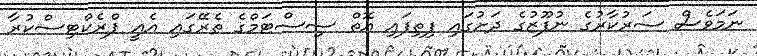
ނަމަވެސް ސަރުކާރުގެ ނުފޫޒުގެ ދަށުގައި ފިތިފައި އޮތް ސިސްޓަމްގެ ތެރޭގައި އެއީ ޕްރެކްޓިސްކުރާ